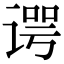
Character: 谔